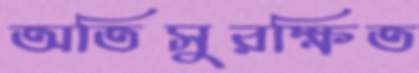
অতিসুরক্ষিত